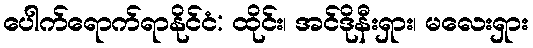
ပေါက်ရောက်ရာနိုင်ငံ: ထိုင်း၊ အင်ဒိုနီးရှား၊ မလေးရှား